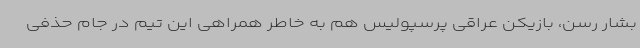
بشار رسن، بازیکن عراقی پرسپولیس هم به خاطر همراهی این تیم در جام حذفی